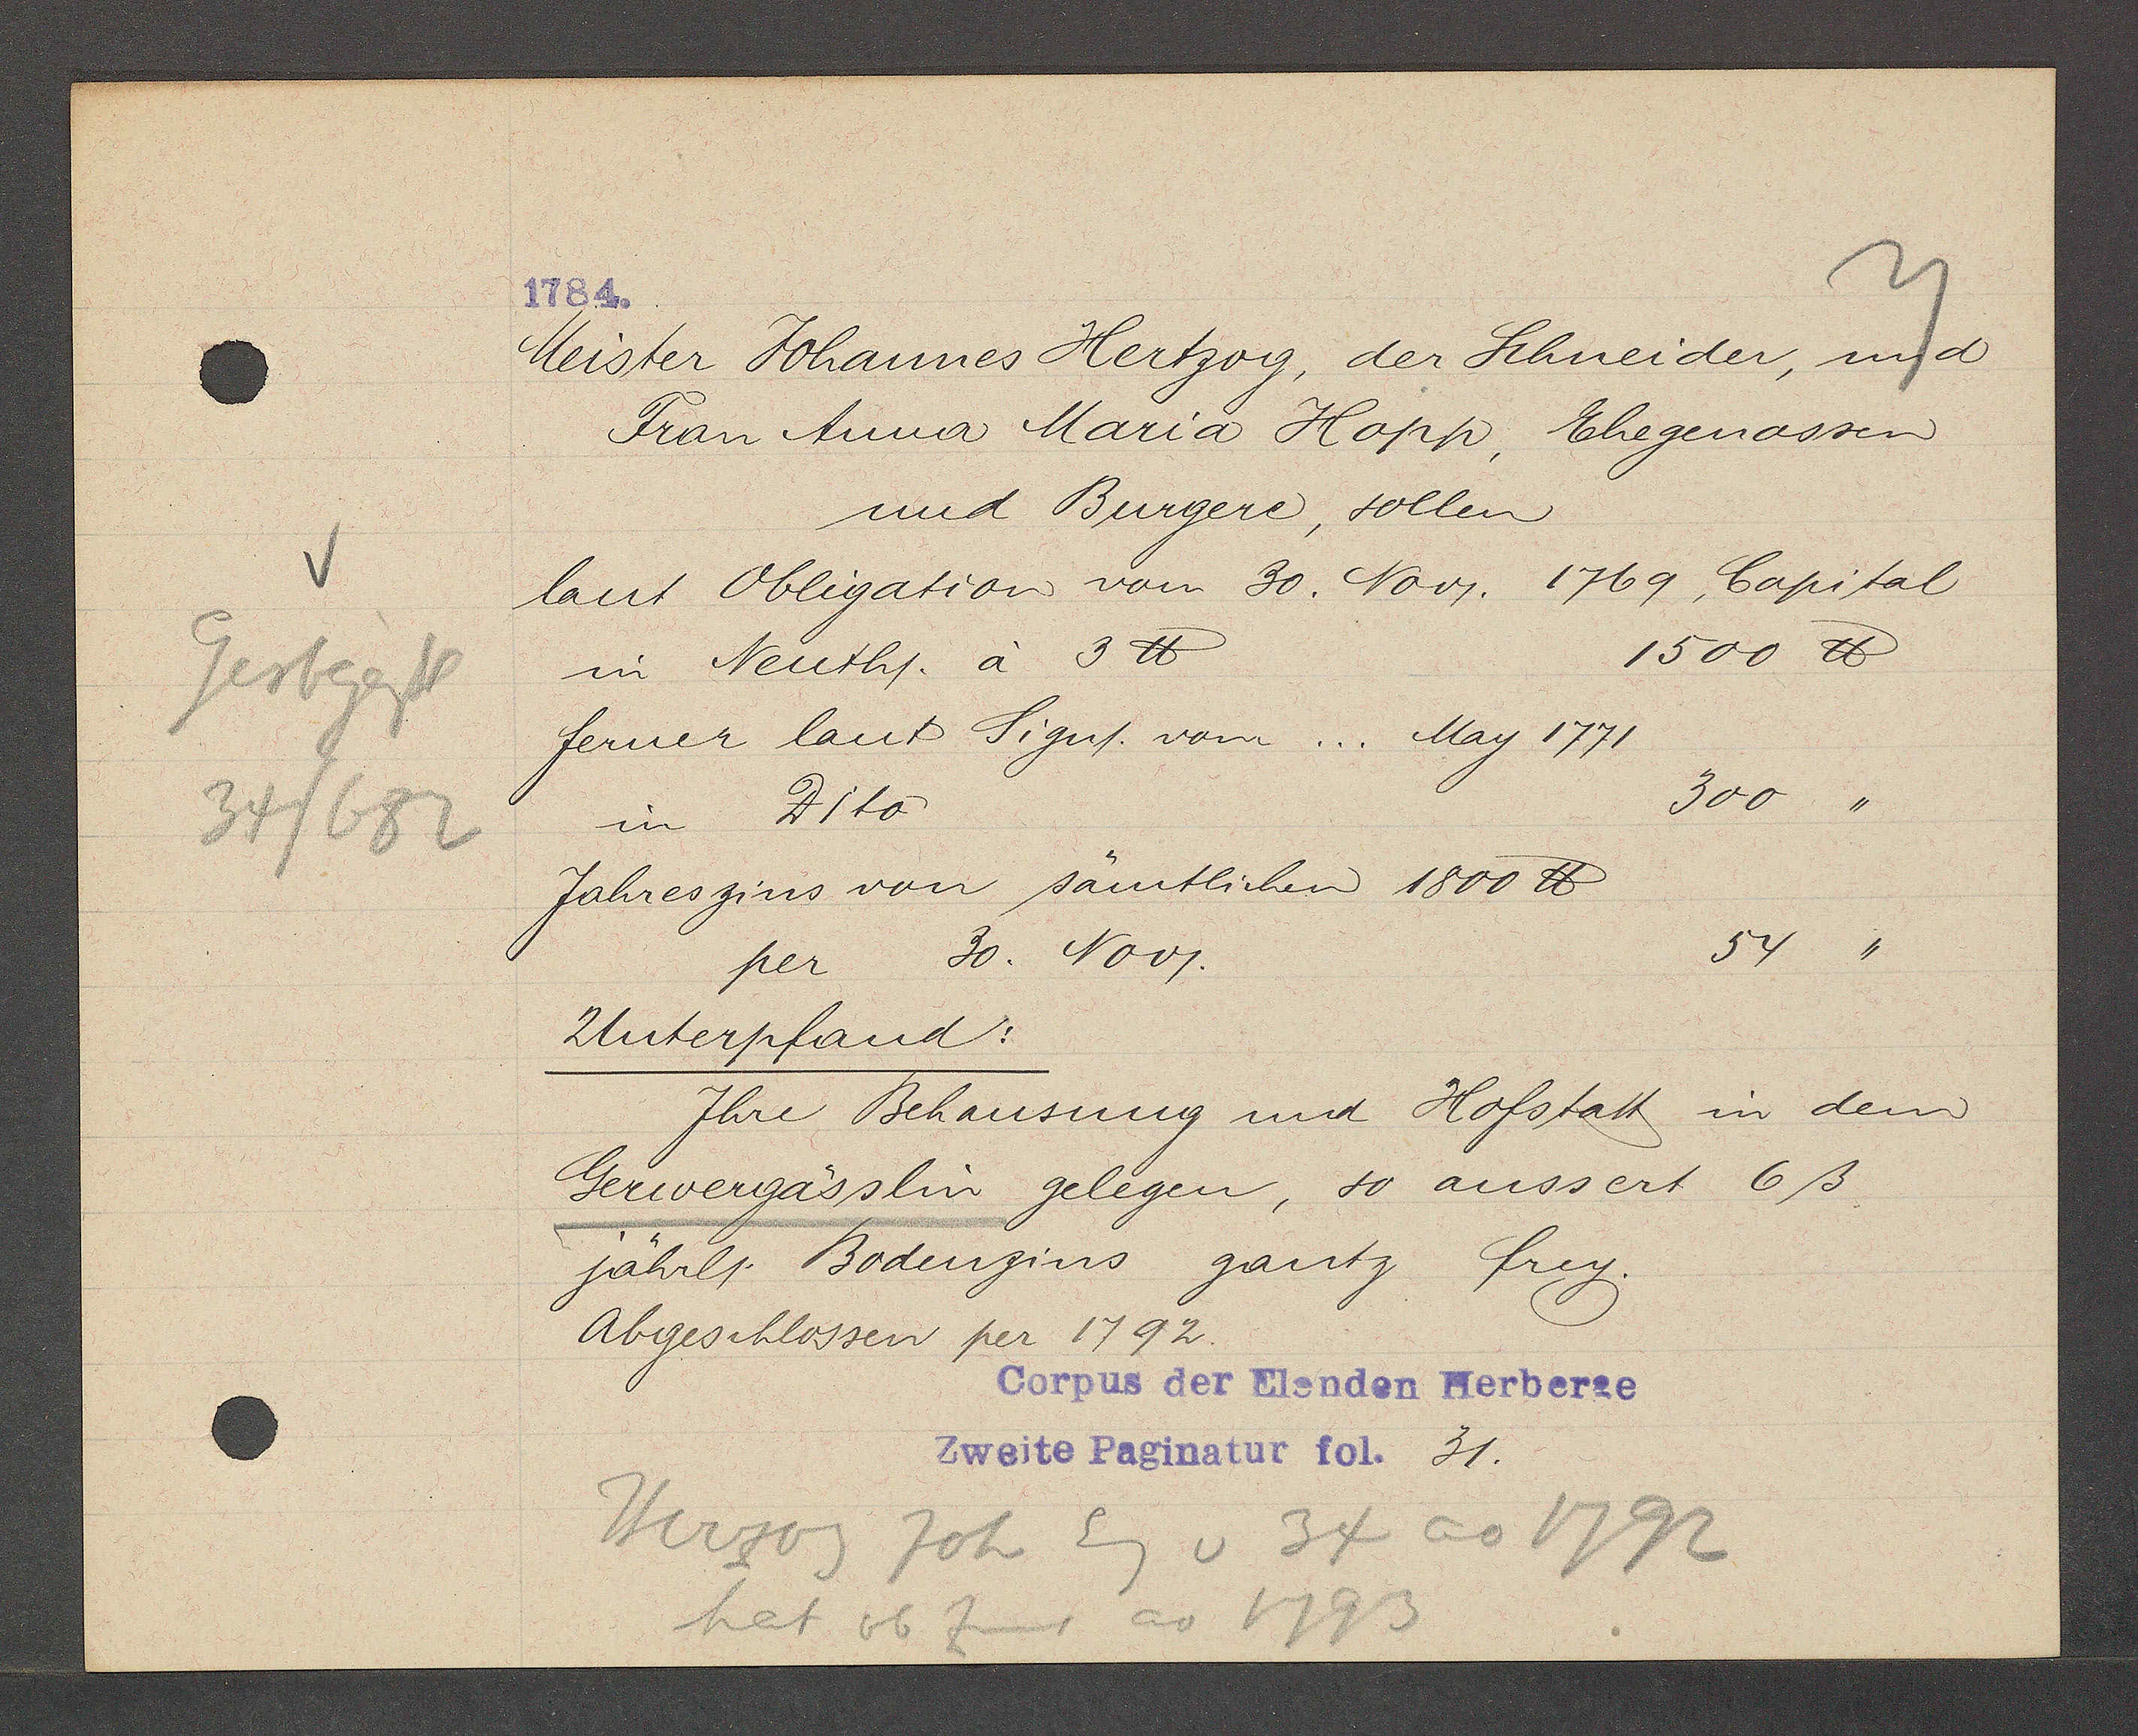
Transcript:
Gerbgassl
34/682

1784.

Meister Johannes Hertzog, der Schneider, und
Frau Anna Maria Hopp, Ehegenossen
und Burgere, sollen
laut Obligation vom 30. Nov. 1769, Capital
in Neuth. à 3 ℔.
1500 ℔
ferner laut Sign. vom ... May 1771
in Dito
300 "
Jahreszins von sämtlichen 1800 ℔
per
30. Nov.
54 ''
Unterpfand:
Ihre Behausung und Hofstatt in dem
Gerwergässlin gelegen, so aussert 6ß.
jährl. Bodenzins gantz frey.
Abgeschlossen per 1792

Corpus der Elenden Herberge
zweite Paginatur fol. 31.

Herzog Joh Eg v 34 ao 1792
hat ob Zins
ao 1793